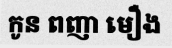
កូន ពញា មឿង